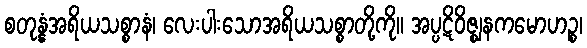
စတုန္နံအရိယသစ္စာနံ၊ လေးပါးသောအရိယသစ္စာတို့ကို။ အပ္ပဋိဝိဇ္ဈနကမောဟဉ္စ၊